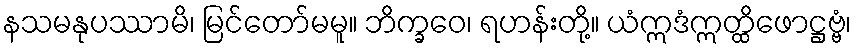
နသမနုပဿာမိ၊ မြင်တော်မမူ။ ဘိက္ခဝေ၊ ရဟန်းတို့။ ယံဣဒံဣတ္ထိဖောဋ္ဌဗ္ဗံ၊